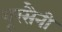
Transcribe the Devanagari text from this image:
शूरसैनी